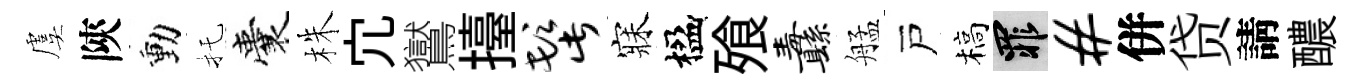
虞陝動托囊株宂鸑擡髭寐楹飱纛艋戸槁罪#併贷請醲